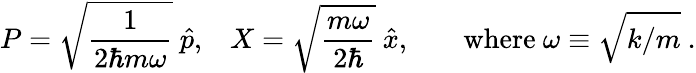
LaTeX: {P}={\sqrt{\frac{1}{2\hbar m\omega}}}\ {\hat{p}}{\mathrm{,}}\quad{X}={\sqrt{\frac{m\omega}{2\hbar}}}\ {\hat{x}}{\mathrm{,}}\quad\quad{\mathrm{where~}}\omega\equiv{\sqrt{k/m}}~.